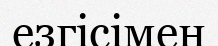
езгісімен